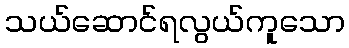
သယ်ဆောင်ရလွယ်ကူသော